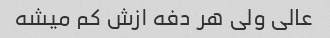
عالی ولی هر دفه ازش کم میشه